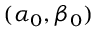
( \alpha _ { 0 } , \beta _ { 0 } )